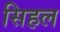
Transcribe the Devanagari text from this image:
सिहल